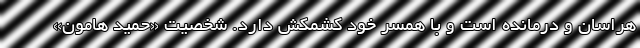
هراسان و درمانده است و با همسر خود کشمکش دارد. شخصیت «حمید هامون»